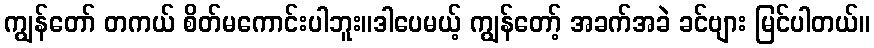
ကျွန်တော် တကယ် စိတ်မကောင်းပါဘူး။ဒါပေမယ့် ကျွန်တော့် အခက်အခဲ ခင်ဗျား မြင်ပါတယ်။